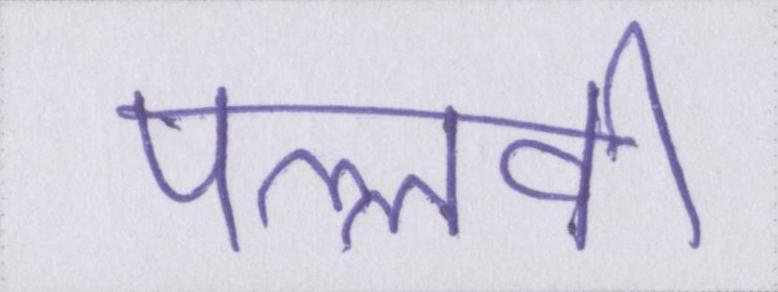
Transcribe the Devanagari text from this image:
पल्लवी